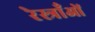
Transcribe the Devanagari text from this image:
रेस्त्राँओं